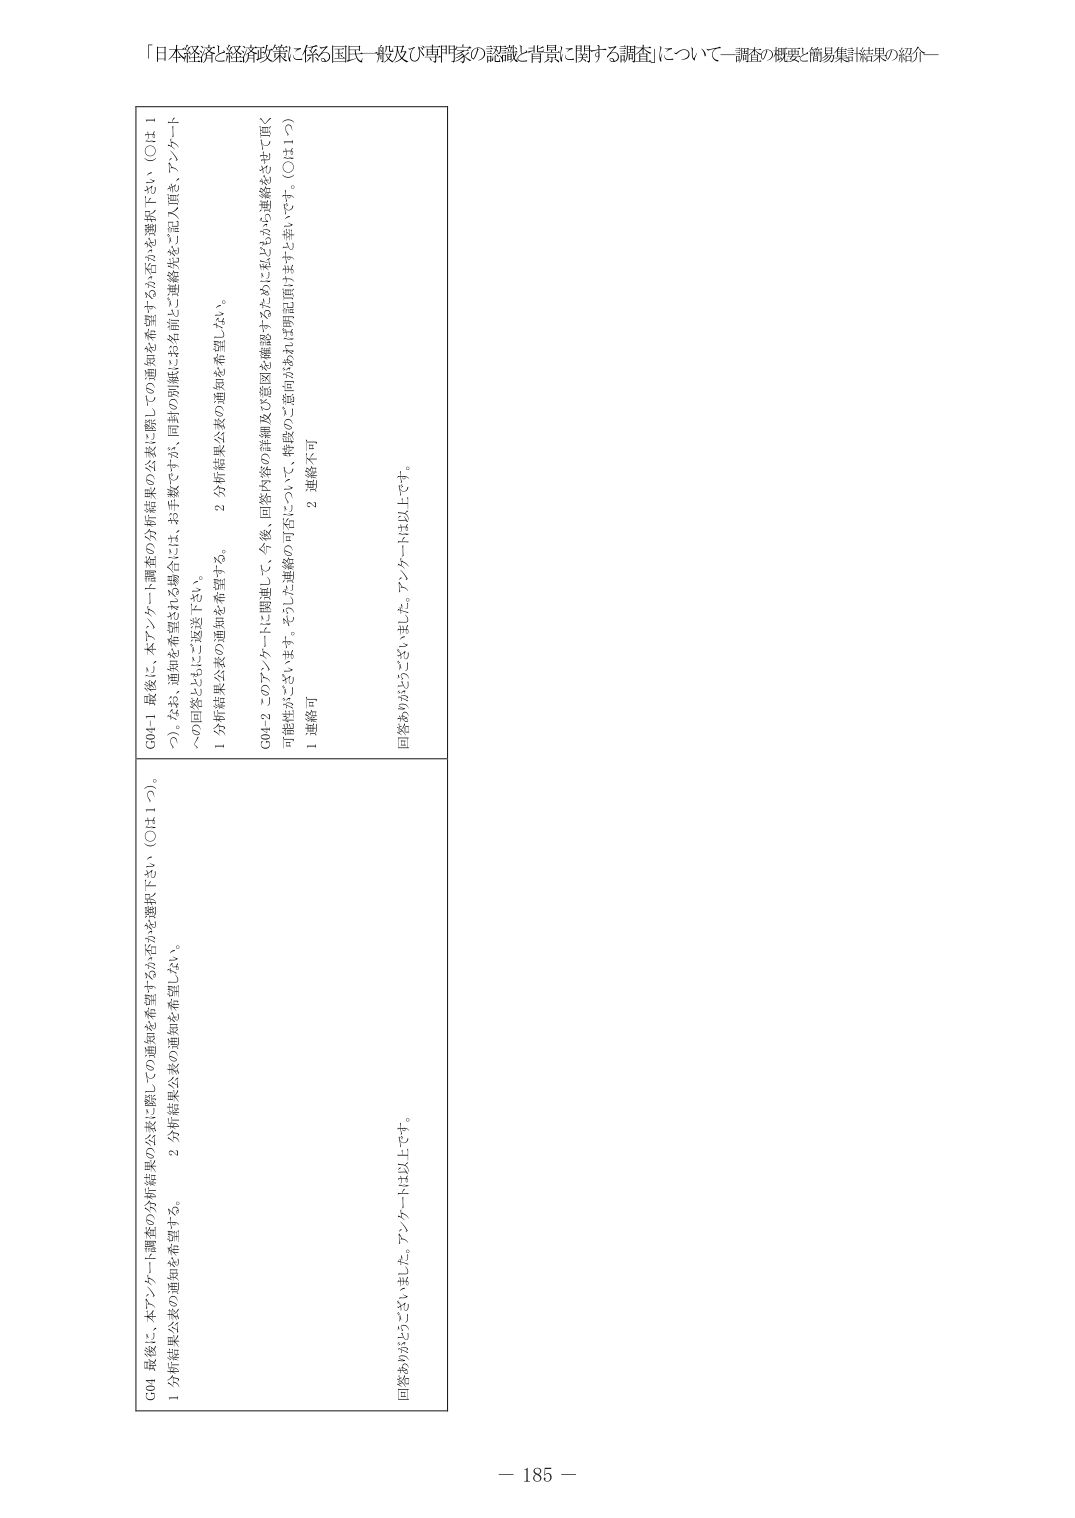
「日本経済と経済政策に係る国民一般及び専門家の認識と背景に関する調査」について―調査の概要・簡易集計結果の紹介―

G04 最後に、本アンケート調査の分析結果の公表に際しての通知を希望するか否かを選択下さい。（○は1つ）。
1 分析結果公表の通知を希望する。
2 分析結果公表の通知を希望しない。

G04-1 最後に、本アンケート調査の分析結果の公表に際しての通知を希望するか否かを選択下さい。（○は1つ）。なお、通知を希望される場合には、お手数ですが、同封の別紙にお名前とご連絡先をご記入頂き、アンケートへの回答とともにご返送下さい。
1 分析結果公表の通知を希望する。
2 分析結果公表の通知を希望しない。

G04-2 このアンケートに関連して、今後、回答内容の詳細及び意図を確認するために私どもから連絡をさせて頂く可能性がございます。そうした連絡の可否について、特段のご意向がなければ同封頂けますと幸いです。（○は1つ）
1 連絡可
2 連絡不可

回答ありがとうございました。アンケートNは以上です。
回答ありがとうございました。アンケートNは以上です。

－ 185 －